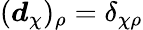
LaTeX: (\boldsymbol{d}_{\chi})_{\rho}=\delta_{\chi\rho}